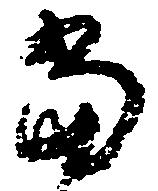
当